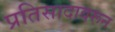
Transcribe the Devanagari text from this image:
प्रतिसादावरून